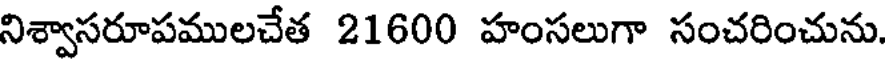
నిశ్వాసరూపములచేత 21600 హంసలుగా సంచరించును.